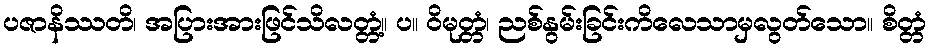
ပဇာနိဿတိ၊ အပြားအားဖြင်သိလတ္တံ့။ ပ။ ဝိမုတ္တံ၊ ညစ်နွမ်းခြင်းကိလေသာမှလွတ်သော။ စိတ္တံ